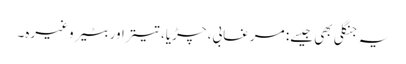
یہ جنگلی بھی جیسے: مرغابی، چڑیا، تیتراور بٹیر وغیرہ۔